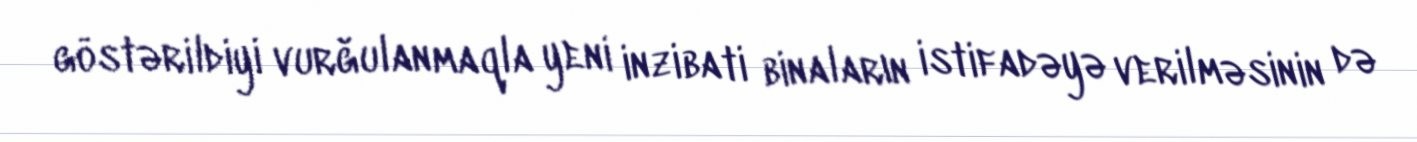
göstərildiyi vurğulanmaqla yeni inzibati binaların istifadəyə verilməsinin də